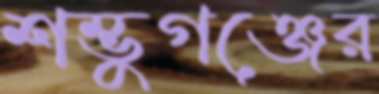
শম্ভুগঞ্জের